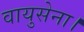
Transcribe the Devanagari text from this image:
वायुसेना।